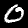
Label: 0